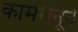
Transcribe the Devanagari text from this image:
कामधेनूने